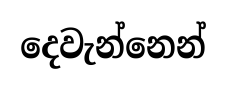
දෙවැන්නෙන්